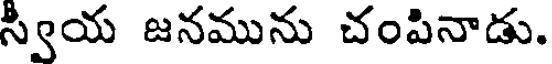
స్వీయ జనమును చంపినాడు.